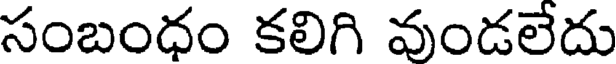
సంబంధం కలిగి వుండలేదు